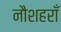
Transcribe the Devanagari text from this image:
नौशहराँ